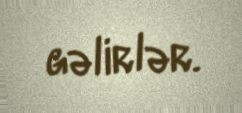
gəlirlər.